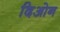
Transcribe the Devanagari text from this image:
दिओन